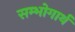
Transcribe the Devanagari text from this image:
सम्भोगार्थ